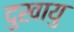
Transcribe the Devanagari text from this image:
दुखायु